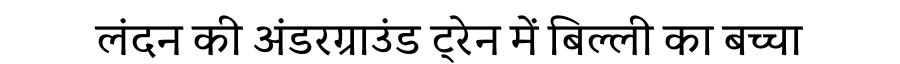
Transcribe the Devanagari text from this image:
लंदन की अंडरग्राउंड ट्रेन में बिल्ली का बच्चा